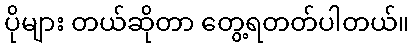
ပိုများ တယ်ဆိုတာ တွေ့ရတတ်ပါတယ်။